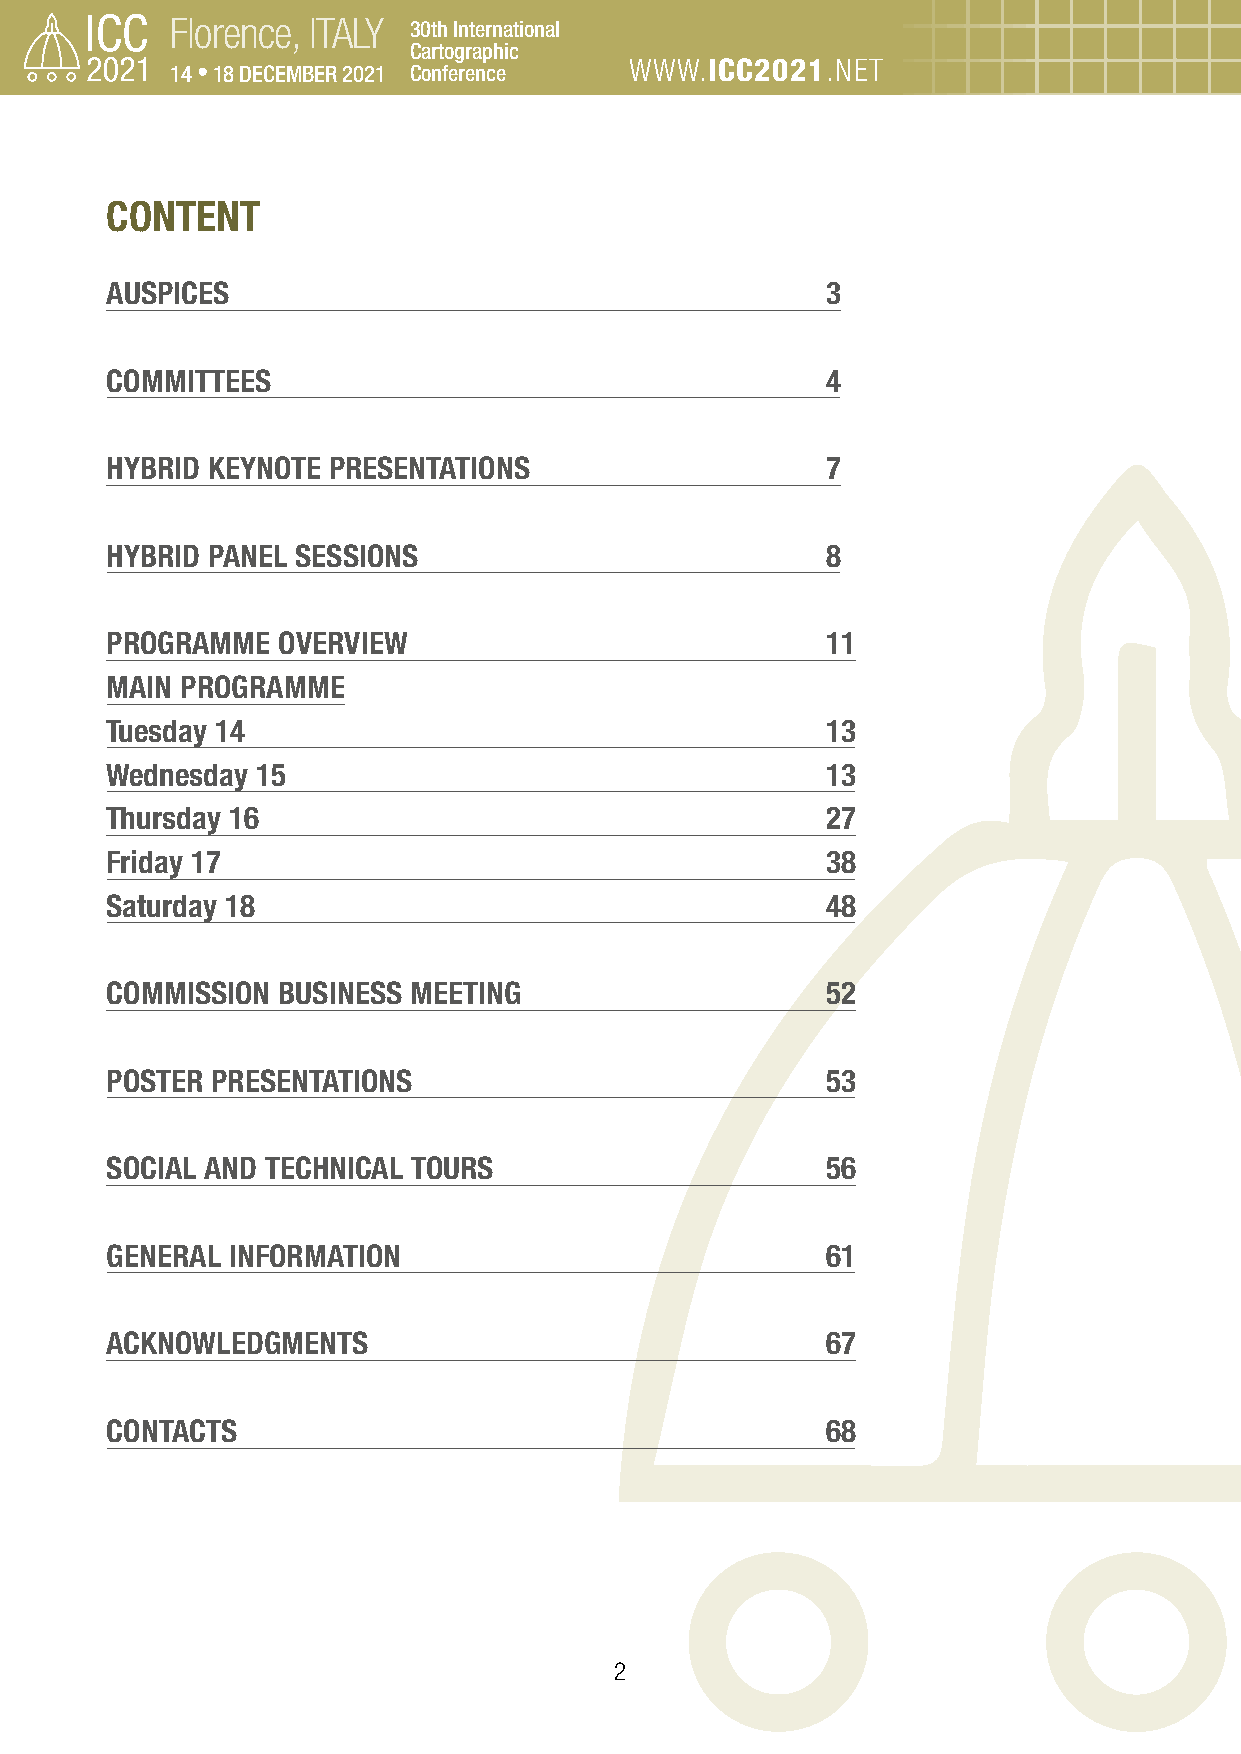
Florence, ITALY 30th International
 Cartographic
 14 • 18 DECEMBER 2021 Conference WWW.ICC2021.NET
 CONTENT
 AUSPICES                                        3
 COMMITTEES                                      4
 HYBRID KEYNOTE PRESENTATIONS                    7
 HYBRID PANEL SESSIONS                           8
 PROGRAMME  OVERVIEW                             11
 MAIN PROGRAMME
 Tuesday 14                                      13
 Wednesday 15                                    13
 Thursday 16                                     27
 Friday 17                                       38
 Saturday 18                                     48
 COMMISSION BUSINESS MEETING                     52
 POSTER PRESENTATIONS                            53
 SOCIAL AND TECHNICAL TOURS                      56
 GENERAL INFORMATION                             61
 ACKNOWLEDGMENTS                                 67
 CONTACTS                                        68
 2